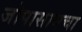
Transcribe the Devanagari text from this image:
जोपासायचा